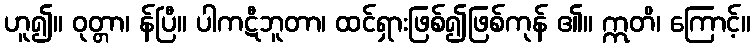
ဟူ၍။ ဝုတ္တာ၊ န်ပြီ။ ပါကဋီဘူတာ၊ ထင်ရှားဖြစ်၍ဖြစ်ကုန် ၏။ ဣတိ၊ ကြောင့်။